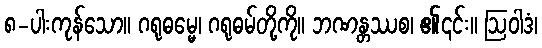
၈-ပါးကုန်သော။ ဂရုဓမ္မေ၊ ဂရုဓမ်တို့ကို။ ဘဏန္တဿစ၊ ၏၎င်း။ ဩဝါဒံ၊